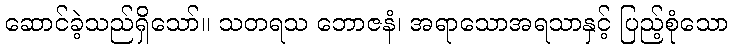
ဆောင်ခဲ့သည်ရှိသော်။ သတရသ ဘောဇနံ၊ အရာသောအရသာနှင့် ပြည့်စုံသော